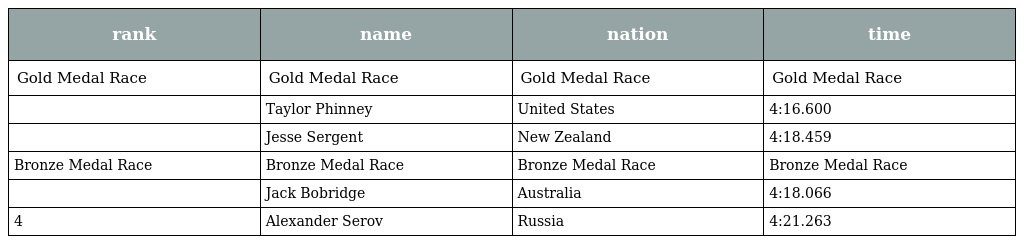
| rank | name | nation | time |
 | --- | --- | --- | --- |
 | Gold Medal Race | Gold Medal Race | Gold Medal Race | Gold Medal Race |
 |  | Taylor Phinney | United States | 4:16.600 |
 |  | Jesse Sergent | New Zealand | 4:18.459 |
 | Bronze Medal Race | Bronze Medal Race | Bronze Medal Race | Bronze Medal Race |
 |  | Jack Bobridge | Australia | 4:18.066 |
 | 4 | Alexander Serov | Russia | 4:21.263 |